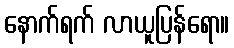
နောက်ရက် လာယူပြန်ရော။